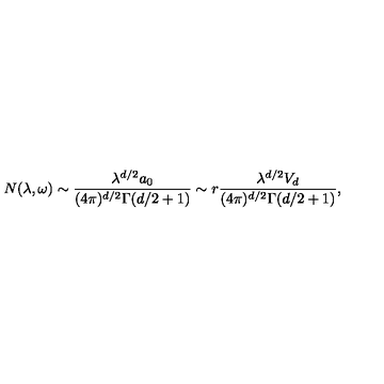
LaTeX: N ( \lambda , \omega ) \sim { \frac { \lambda ^ { d / 2 } a _ { 0 } } { ( 4 \pi ) ^ { d / 2 } \Gamma ( d / 2 + 1 ) } } \sim r { \frac { \lambda ^ { d / 2 } V _ { d } } { ( 4 \pi ) ^ { d / 2 } \Gamma ( d / 2 + 1 ) } } ,